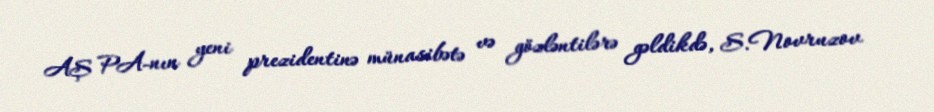
AŞ PA-nın yeni prezidentinə münasibətə və gözləntilərə gəldikdə, S.Novruzov